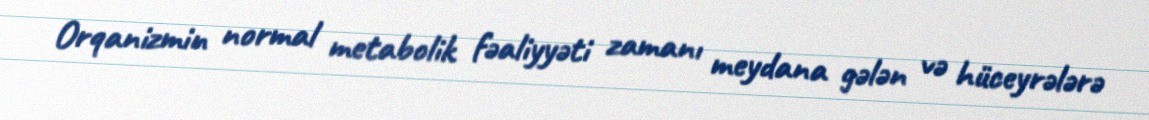
Orqanizmin normal metabolik fəaliyyəti zamanı meydana gələn və hüceyrələrə